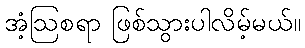
အံ့ဩစရာ ဖြစ်သွားပါလိမ့်မယ်။